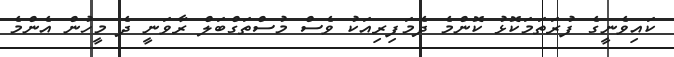
ކައިވެނީގެ ފުރަތަމަކޮޅު ކޮންމެ ދެމަފިރިއަކު ވެސް މުސްތަގްބަލް ރާވަނީ ދެ މީހުން އެންމެ